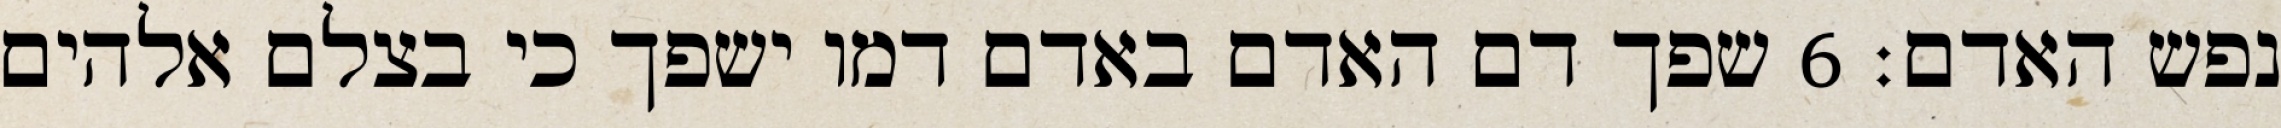
נפש האדם׃ ‎6‏ שפך דם האדם באדם דמו ישפך כי בצלם אלהים